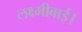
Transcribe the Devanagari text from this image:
लक्ष्मीबाई।